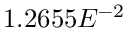
1 . 2 6 5 5 E ^ { - 2 }